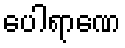
ပေါရာဏေ